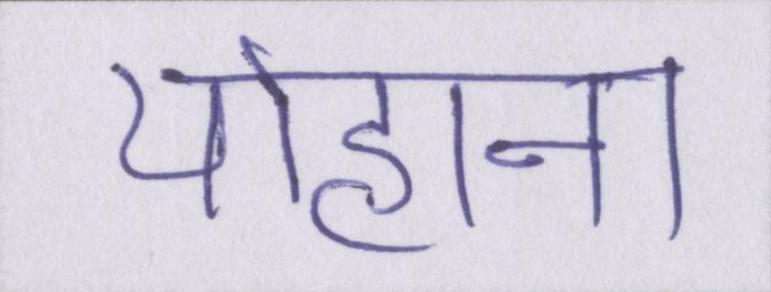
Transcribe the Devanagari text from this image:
योहाना